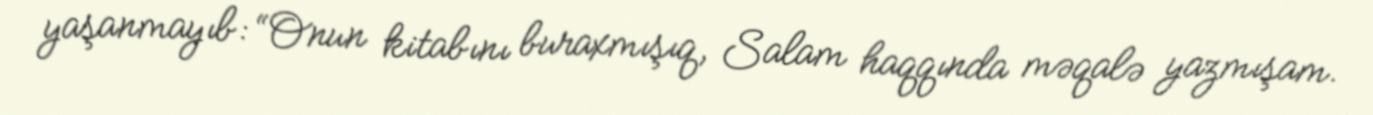
yaşanmayıb: “Onun kitabını buraxmışıq, Salam haqqında məqalə yazmışam.